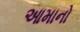
આમાનો